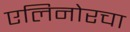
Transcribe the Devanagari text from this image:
एलिनोरचा